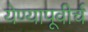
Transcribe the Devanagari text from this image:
येण्यापूवीर्च